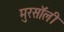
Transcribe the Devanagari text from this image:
मुरसॉली